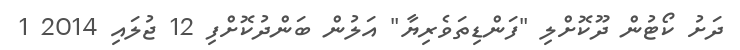
ދަށު ކޯޓުން ދޫކޮށްލި "ފަންޑިތަވެރިޔާ" އަލުން ބަންދުކޮށްފި 12 ޖުލައި 2014 1